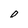
Character: O